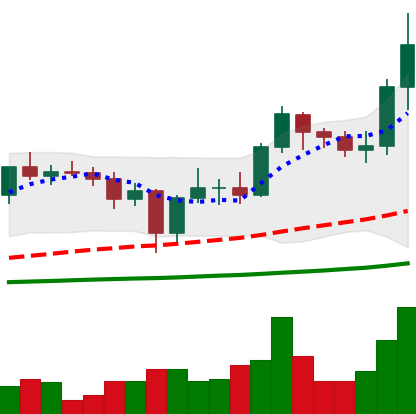
Ticker: ADA-USD
Chart end date: 2021-01-04
Forward return: 48.145%
Label: up_7plus